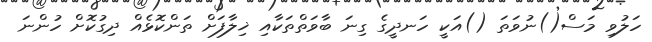
ހަލުވި މަސް()ނުވަތަ ()އަކީ ހަނދީގެ ގިނަ ބާވަތްތަކާއި ޚިލާފަށް ތަންކޮޅެއް ދިގުކޮށް ހުންނަ